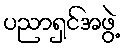
ပညာရှင်အဖွဲ့